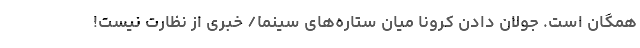
همگان است. جولان دادن کرونا میان ستاره‌های سینما/ خبری از نظارت نیست!